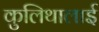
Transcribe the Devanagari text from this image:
कुलिथालाई